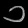
Digit: ၁